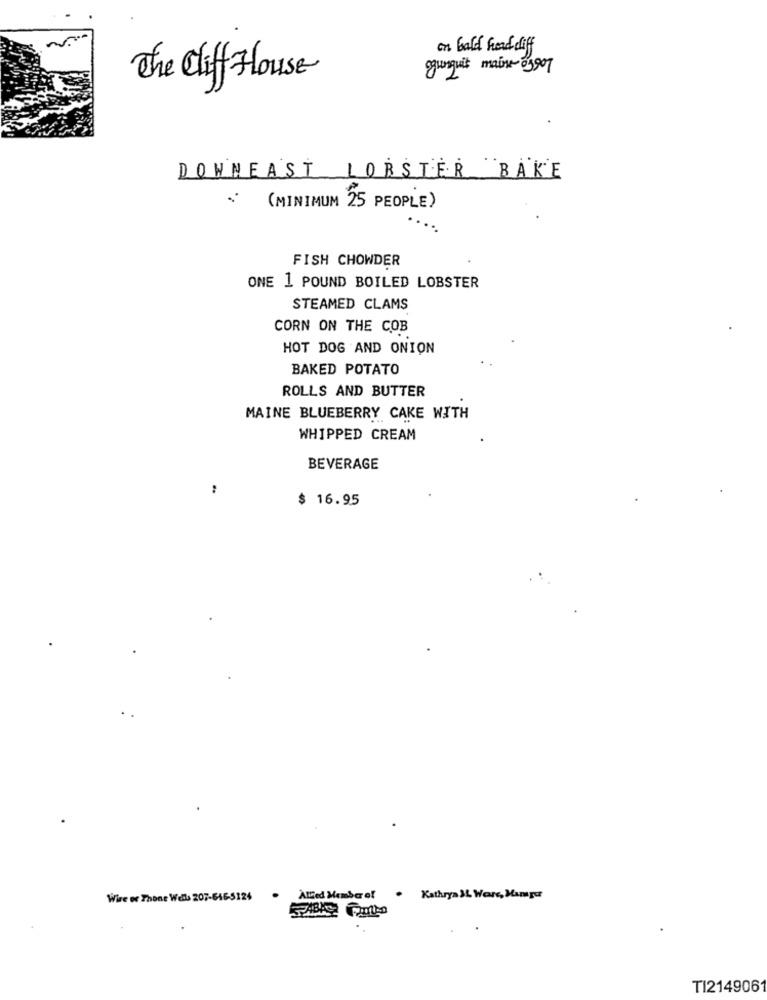
on bald head diff
ogunquit maine-01907
The Cliff House
DOWNEAST LOBSTER BAKE
(MINIMUM 25 PEOPLE)
FISH CHOWDER
ONE 1 POUND BOILED LOBSTER
STEAMED CLAMS
CORN ON THE COB
HOT DOG AND ONION
BAKED POTATO
ROLLS AND BUTTER
MAINE BLUEBERRY CAKE WITH
WHIPPED CREAM
BEVERAGE
:
$ 16.95
Wire or Thone Wells 207-646-5124
Allied Member of
. Kathryn IL Were, Mampu
TI214906